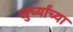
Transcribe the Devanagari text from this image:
खुर्च्यांच्या